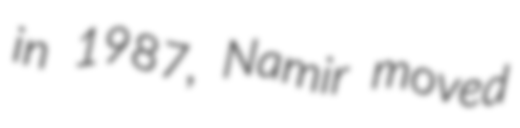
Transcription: in 1987, Namir moved